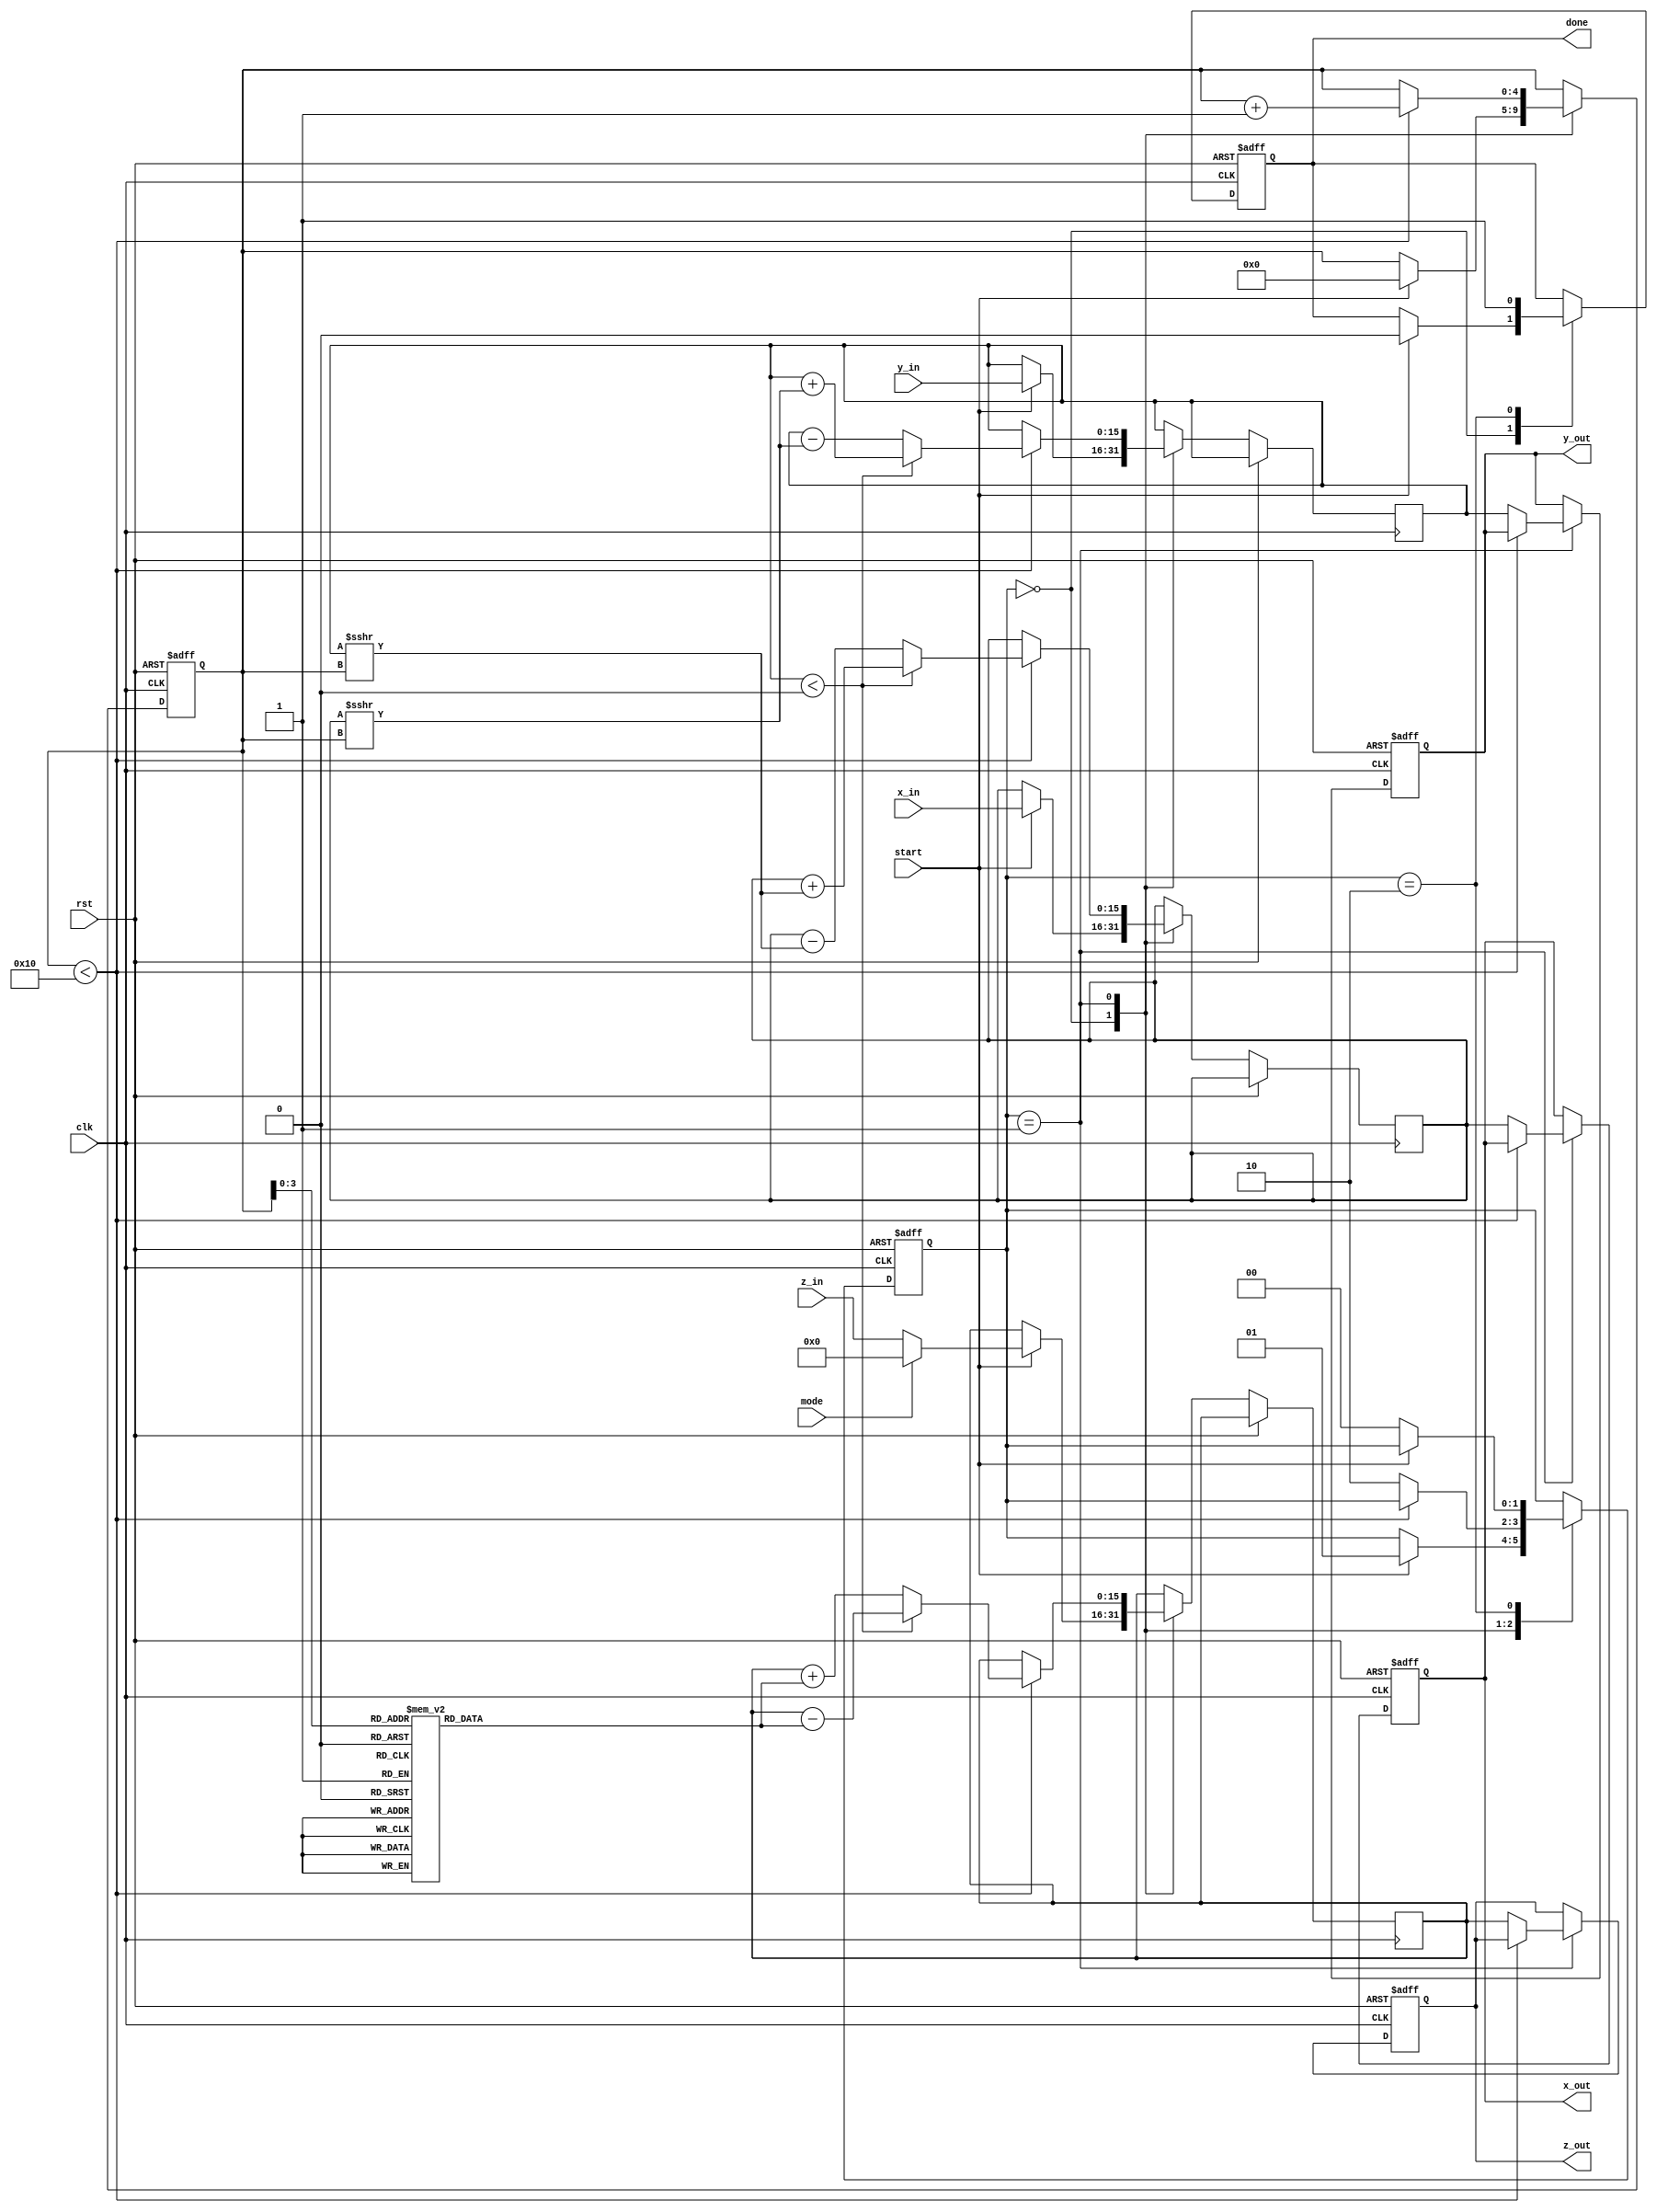
module CORDIC #(parameter DATA_WIDTH = 16, // Configurable data width
                parameter ITERATIONS = 16) // Number of iterations
(
    input wire clk,
    input wire rst,
    input wire start,
    input wire mode, // 0 for rotation, 1 for vectoring
    input wire signed [DATA_WIDTH-1:0] x_in,
    input wire signed [DATA_WIDTH-1:0] y_in,
    input wire signed [DATA_WIDTH-1:0] z_in, // Angle input for rotation mode
    output reg signed [DATA_WIDTH-1:0] x_out,
    output reg signed [DATA_WIDTH-1:0] y_out,
    output reg signed [DATA_WIDTH-1:0] z_out, // Angle output for vectoring mode
    output reg done
);

// CORDIC angle lookup table
reg [DATA_WIDTH-1:0] atan_table [0:ITERATIONS-1];
initial begin
    atan_table[0] = 16'h3243; // atan(2^-0) in Q1.15
    atan_table[1] = 16'h1DAC; // atan(2^-1) in Q1.15
    atan_table[2] = 16'h0FAE; // atan(2^-2) in Q1.15
    // Add other precomputed values for more iterations
end

// Internal registers
reg signed [DATA_WIDTH-1:0] x_reg, y_reg, z_reg;
reg [4:0] iteration;
reg [1:0] state;

// State machine states
parameter IDLE = 2'b00, COMPUTE = 2'b01, DONE = 2'b10;

// Control logic
always @(posedge clk or posedge rst) begin
    if (rst) begin
        state <= IDLE;
        done <= 0;
        iteration <= 0;
        x_out <= 0;
        y_out <= 0;
        z_out <= 0;
    end else begin
        case (state)
            IDLE: begin
                if (start) begin
                    x_reg <= x_in;
                    y_reg <= y_in;
                    z_reg <= (mode == 0) ? z_in : 0; // For vectoring mode, z_in is not used
                    iteration <= 0;
                    state <= COMPUTE;
                    done <= 0;
                end
            end

            COMPUTE: begin
                if (iteration < ITERATIONS) begin
                    if (y_reg < 0) begin
                        x_reg <= x_reg + (y_reg >>> iteration); // x = x + y * 2^-iteration
                        y_reg <= y_reg + (x_reg >>> iteration); // y = y + x * 2^-iteration
                        z_reg <= z_reg - atan_table[iteration]; // z = z - atan(2^-iteration)
                    end else begin
                        x_reg <= x_reg - (y_reg >>> iteration); // x = x - y * 2^-iteration
                        y_reg <= y_reg - (x_reg >>> iteration); // y = y - x * 2^-iteration
                        z_reg <= z_reg + atan_table[iteration]; // z = z + atan(2^-iteration)
                    end
                    iteration <= iteration + 1;
                end else begin
                    x_out <= x_reg;
                    y_out <= y_reg;
                    z_out <= z_reg;
                    state <= DONE;
                end
            end

            DONE: begin
                done <= 1;
                if (!start) begin
                    state <= IDLE; // Reset state
                end
            end
        endcase
    end
end

endmodule